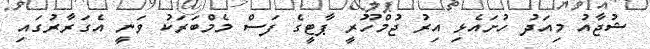
ޝުޖާއު މިއަދު ހުށައެޅި އިރު ޖުމްހޫރީ ޕާޓީގެ ފަސް މެމްބަރަކު ވަނީ އެގަރާރުގައި